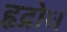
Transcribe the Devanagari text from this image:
हृद्रोध